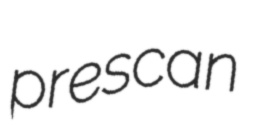
prescan